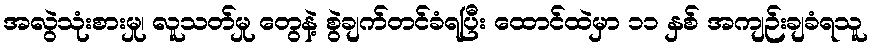
အလွဲသုံးစားမှု၊ လူသတ်မှု တွေနဲ့ စွဲချက်တင်ခံရပြီး ထောင်ထဲမှာ ၁၁ နှစ် အကျဉ်းချခံရသူ